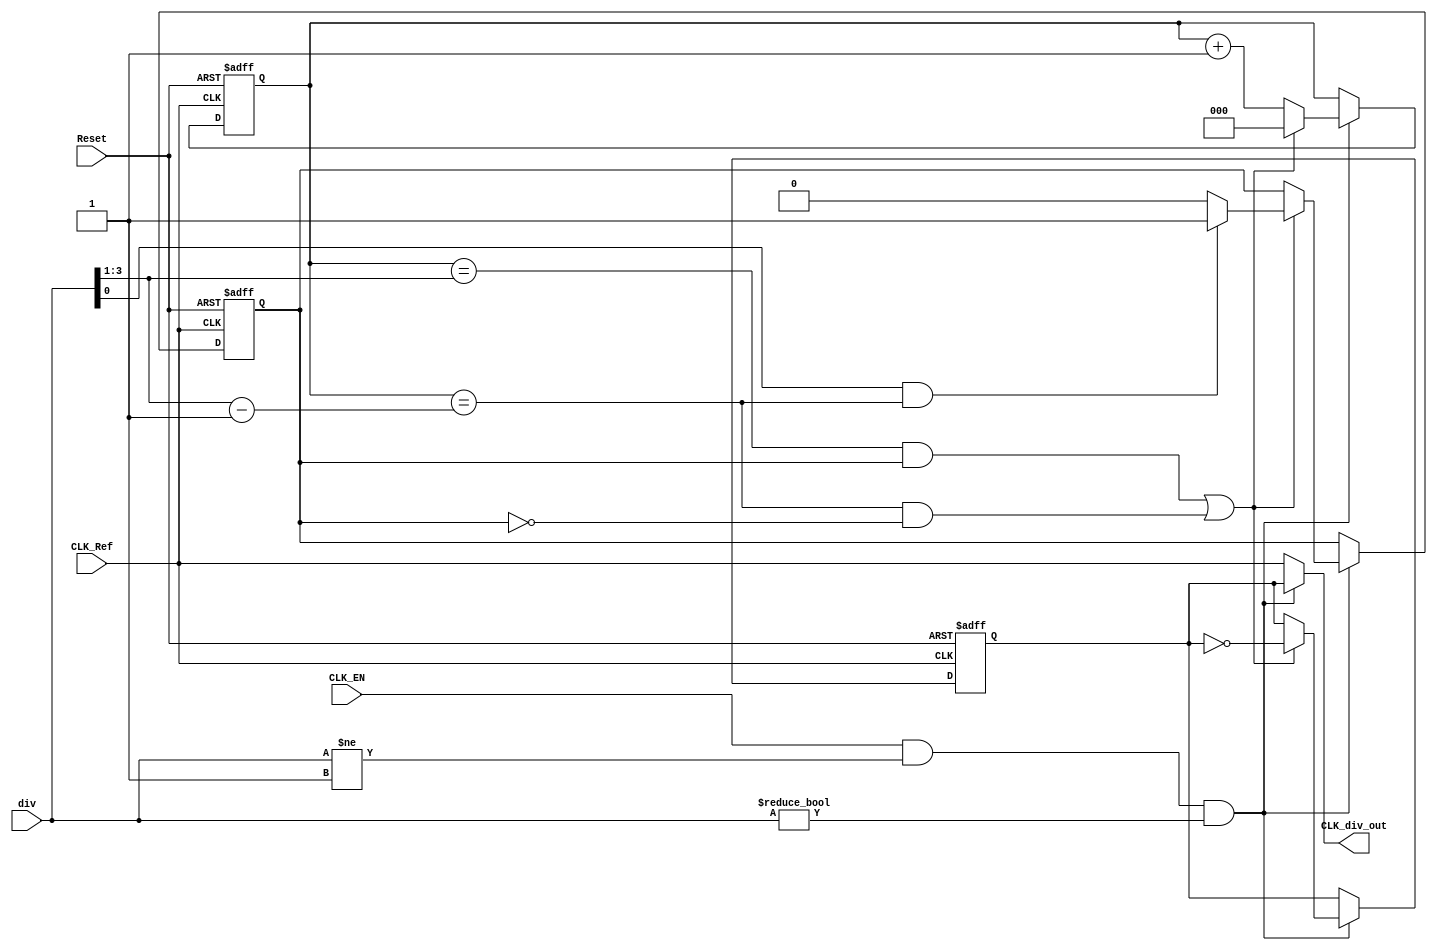
module CLK_div (
    //input & ouput ports
    input   wire        CLK_Ref,
    input   wire        Reset,
    input   wire        CLK_EN,
    input   wire [3:0]  div,
    output  reg         CLK_div_out
);

reg         CLK_div;
reg         flag;
reg  [2:0]  counter;
wire [2:0]  div_ratio;
wire        Is_Odd;
wire        shift_even;
wire        shift_odd;
wire        EN;

assign div_ratio  = div >> 1'b1;
assign Is_Odd     = div[0];
assign shift_even = counter == (div_ratio-1'b1);
assign shift_odd  = counter == div_ratio;

assign EN = CLK_EN && (div != 4'b1) && (div != 4'b0);

always @(posedge CLK_Ref, negedge Reset) begin
    
    if (!Reset) begin
        counter <= 3'b0;
        flag    <= 1'b0;
        CLK_div <= 1'b0;
    end    

    else if(EN)  begin
        if ((shift_odd && flag) || (shift_even && !flag)) begin
            CLK_div <= ~CLK_div;
            counter <= 1'b0;
            if (Is_Odd && shift_even) begin
                flag <= 1'b1;
            end
            else begin
                flag <= 1'b0;
            end
        end
        else begin
            CLK_div <= CLK_div;
            counter <= counter + 1'b1;
            flag    <= flag;
        end
    end 
end

always @(*) begin
    if (EN) begin
        CLK_div_out = CLK_div;
    end
    else begin
        CLK_div_out = CLK_Ref;
    end
end


endmodule